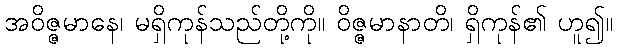
အဝိဇ္ဇမာနေ၊ မရှိကုန်သည်တို့ကို။ ဝိဇ္ဇမာနာတိ၊ ရှိကုန်၏ ဟူ၍။